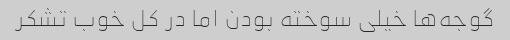
گوجه‌ها خیلی سوخته بودن اما در کل خوب تشکر